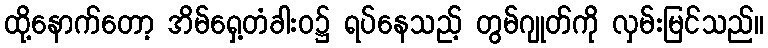
ထို့နောက်တော့ အိမ်ရှေ့တံခါးဝ၌ ရပ်နေသည့် တွမ်ဂျုတ်ကို လှမ်းမြင်သည်။